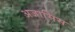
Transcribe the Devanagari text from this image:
अजासिस